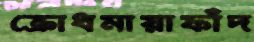
ক্রোধমায়াফাঁদ